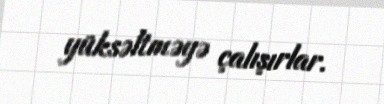
yüksəltməyə çalışırlar.